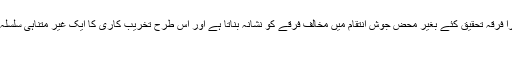
پھر دوسرا فرقہ تحقیق کئے بغیر محض جوشِ انتقام میں مخالف فرقے کو نشانہ بناتا ہے اور اس طرح تخریب کاری کا ایک غیر متناہی سلسلہ چل نکلتا
ہے۔